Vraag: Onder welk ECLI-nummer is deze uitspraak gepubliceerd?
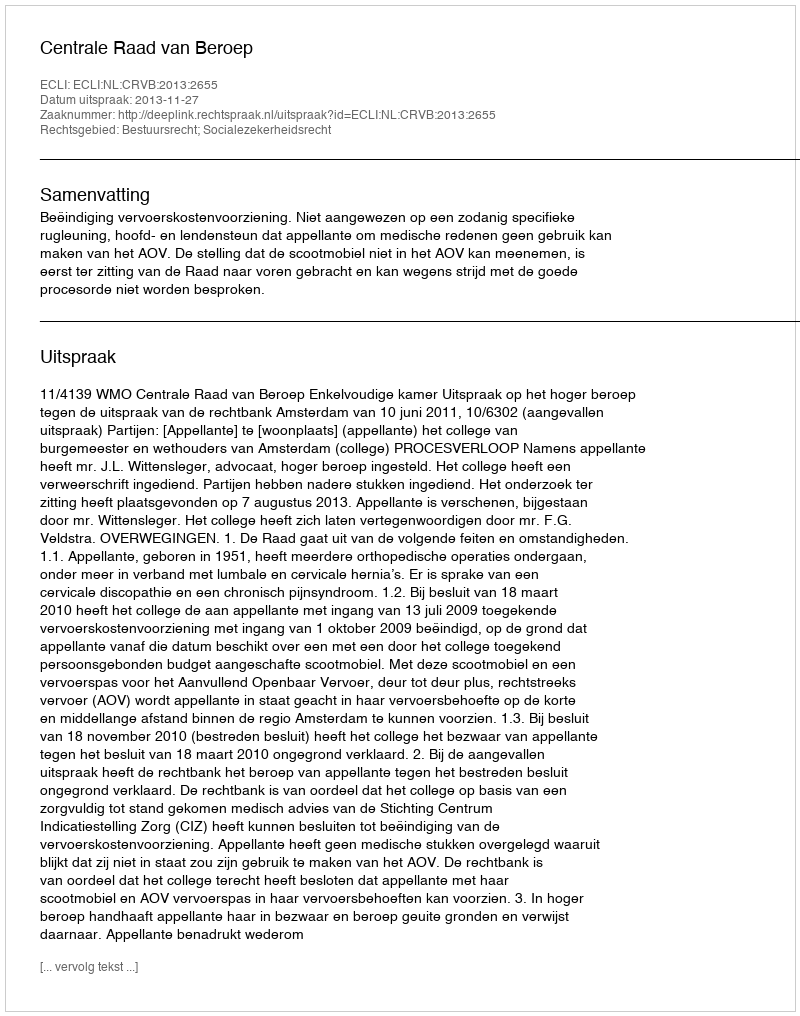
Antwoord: ECLI:NL:CRVB:2013:2655